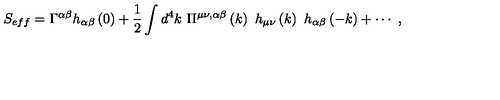
S _ { e f f } = \Gamma ^ { \alpha \beta } h _ { \alpha \beta } \left( 0 \right) + \frac 1 2 \int d ^ { 4 } k \ \Pi ^ { \mu \nu , \alpha \beta } \left( k \right) \ h _ { \mu \nu } \left( k \right) \ h _ { \alpha \beta } \left( - k \right) + \cdots \ ,